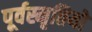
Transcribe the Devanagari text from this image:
पूर्वस्मृतियों